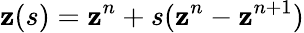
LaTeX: \mathbf{z}(s)=\mathbf{z}^{n}+s(\mathbf{z}^{n}-\mathbf{z}^{n+1})